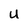
Character: U